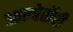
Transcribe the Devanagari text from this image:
आल्बेर्तोची